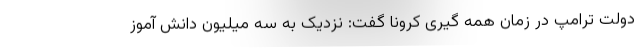
دولت ترامپ در زمان همه گیری کرونا گفت: نزدیک به سه میلیون دانش آموز